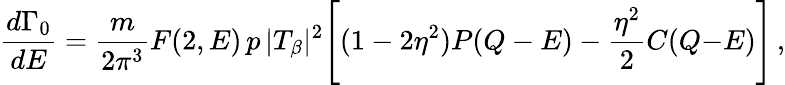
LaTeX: {\frac{d\Gamma_{0}}{dE}}={\frac{m}{2\pi^{3}}}F(2,E)\, p\, |T_{\beta}|^{2}\Biggr[(1-2\eta^{2})P(Q-E)-{\frac{\eta^{2}}{2}}C(Q{-}E)\Biggr]\, ,